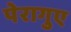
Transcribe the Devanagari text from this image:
पेरागुए